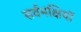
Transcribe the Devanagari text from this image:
सर्वभक्षियों